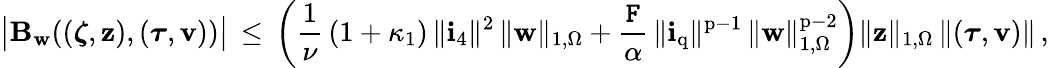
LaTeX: \big|\mathbf{B}_{\mathbf{w}}(({\boldsymbol\zeta},{\mathbf{z}}),({\boldsymbol\tau},{\mathbf{v}}))\big|\, \leq\, \left(\frac{1}{\nu}\, (1+\kappa_{1})\, \| \mathbf{i}_{4}\| ^{2}\, \| {\mathbf{w}}\| _{1,\Omega}+\frac{\mathtt{F}}{\alpha}\, \| \mathbf{i}_{\mathrm{q}}\| ^{\mathrm{p}-1}\, \| {\mathbf{w}}\| _{1,\Omega}^{\mathrm{p}-2}\right)\| {\mathbf{z}}\| _{1,\Omega}\, \| ({\boldsymbol\tau},{\mathbf{v}})\| \, ,